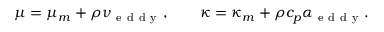
\mu = \mu _ { m } + \rho \nu _ { \mathrm { ~ e ~ d ~ d ~ y ~ } } , \qquad \kappa = \kappa _ { m } + \rho c _ { p } \alpha _ { \mathrm { ~ e ~ d ~ d ~ y ~ } } .